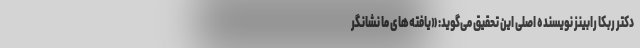
دکتر ربکا رابینز نویسنده اصلی این تحقیق می‌گوید: «یافته‌های ما نشانگر